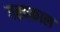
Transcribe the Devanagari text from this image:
गरबकाल